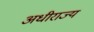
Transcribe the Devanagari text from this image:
अधीराज्य